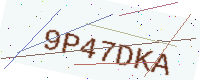
Text: 9P47DKA